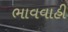
ભાવવાહી